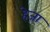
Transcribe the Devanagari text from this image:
हेज़ा